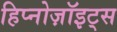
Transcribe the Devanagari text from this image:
हिप्नोज़ॉइट्स